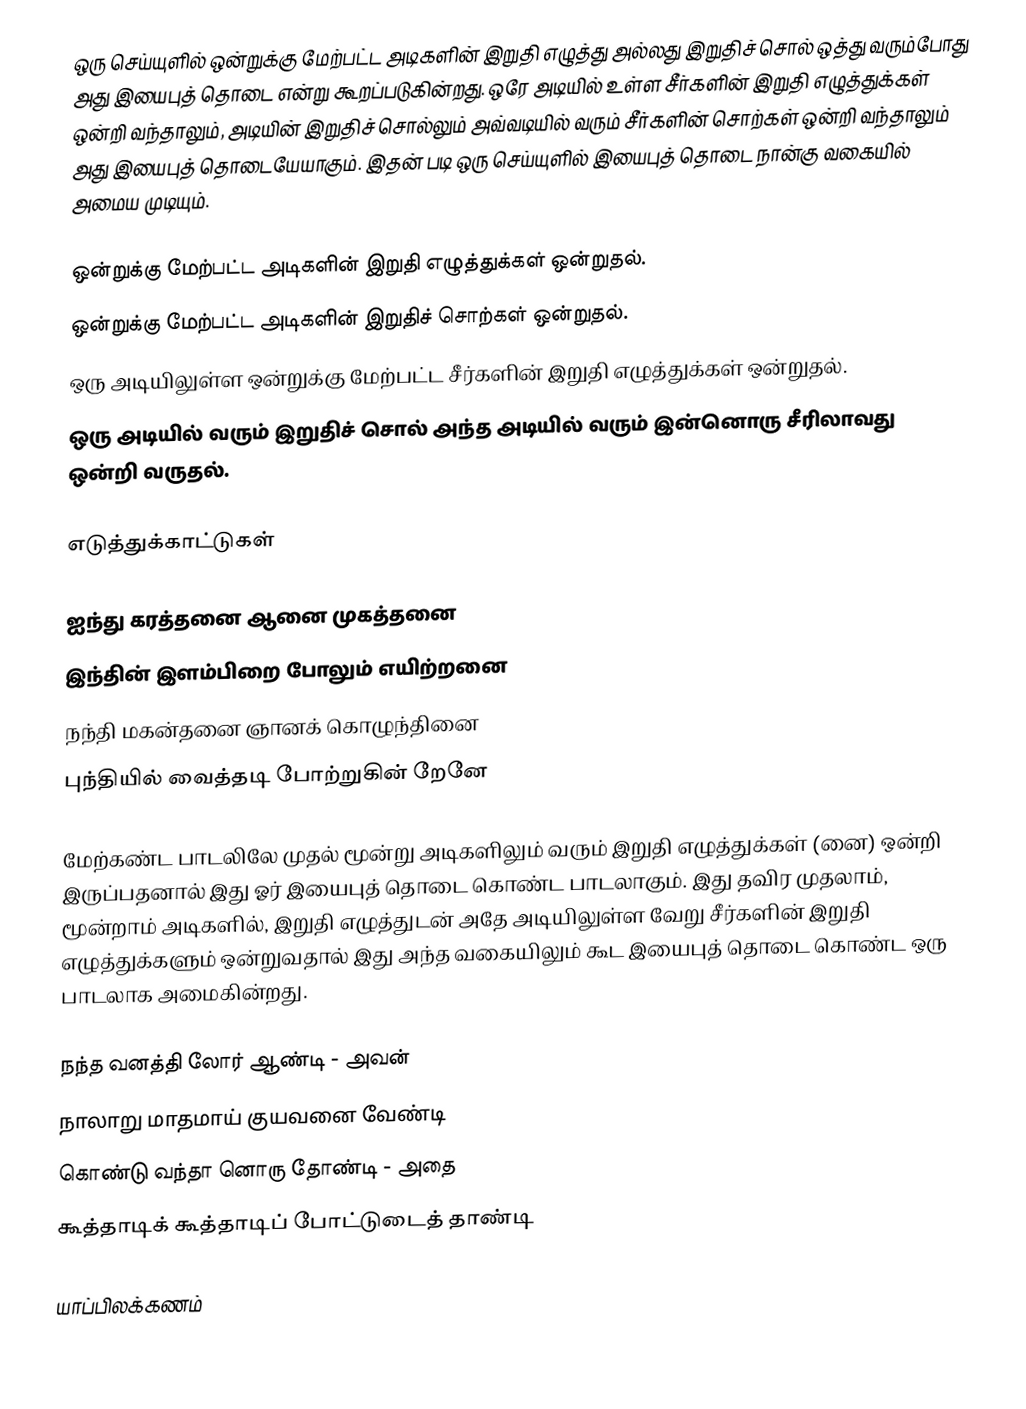
ஒரு செய்யுளில் ஒன்றுக்கு மேற்பட்ட அடிகளின் இறுதி எழுத்து அல்லது இறுதிச் சொல் ஒத்து வரும்போது அது இயைபுத் தொடை என்று கூறப்படுகின்றது. ஒரே அடியில் உள்ள சீர்களின் இறுதி எழுத்துக்கள் ஒன்றி வந்தாலும், அடியின் இறுதிச் சொல்லும் அவ்வடியில் வரும் சீர்களின் சொற்கள் ஒன்றி வந்தாலும் அது இயைபுத் தொடையேயாகும். இதன் படி ஒரு செய்யுளில் இயைபுத் தொடை நான்கு வகையில் அமைய முடியும்.

 ஒன்றுக்கு மேற்பட்ட அடிகளின் இறுதி எழுத்துக்கள் ஒன்றுதல்.
 ஒன்றுக்கு மேற்பட்ட அடிகளின் இறுதிச் சொற்கள் ஒன்றுதல்.
 ஒரு அடியிலுள்ள ஒன்றுக்கு மேற்பட்ட சீர்களின் இறுதி எழுத்துக்கள் ஒன்றுதல்.
 ஒரு அடியில் வரும் இறுதிச் சொல் அந்த அடியில் வரும் இன்னொரு சீரிலாவது ஒன்றி வருதல்.

எடுத்துக்காட்டுகள்

 ஐந்து கரத்தனை ஆனை முகத்தனை
 இந்தின் இளம்பிறை போலும் எயிற்றனை
 நந்தி மகன்தனை ஞானக் கொழுந்தினை
 புந்தியில் வைத்தடி போற்றுகின் றேனே

மேற்கண்ட பாடலிலே முதல் மூன்று அடிகளிலும் வரும் இறுதி எழுத்துக்கள் (னை) ஒன்றி இருப்பதனால் இது ஓர் இயைபுத் தொடை கொண்ட பாடலாகும். இது தவிர முதலாம், மூன்றாம் அடிகளில், இறுதி எழுத்துடன் அதே அடியிலுள்ள வேறு சீர்களின் இறுதி எழுத்துக்களும் ஒன்றுவதால் இது அந்த வகையிலும் கூட இயைபுத் தொடை கொண்ட ஒரு பாடலாக அமைகின்றது.

நந்த வனத்தி லோர் ஆண்டி - அவன்
நாலாறு மாதமாய் குயவனை வேண்டி
கொண்டு வந்தா னொரு தோண்டி - அதை
கூத்தாடிக் கூத்தாடிப் போட்டுடைத் தாண்டி

யாப்பிலக்கணம்